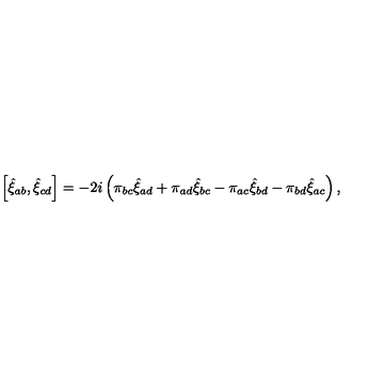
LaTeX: \left[ \hat { \xi } _ { a b } , \hat { \xi } _ { c d } \right] = - 2 i \left( \pi _ { b c } \hat { \xi } _ { a d } + \pi _ { a d } \hat { \xi } _ { b c } - \pi _ { a c } \hat { \xi } _ { b d } - \pi _ { b d } \hat { \xi } _ { a c } \right) ,